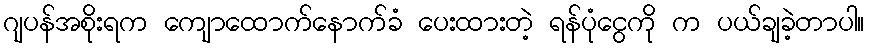
ဂျပန်အစိုးရက ကျောထောက်နောက်ခံ ပေးထားတဲ့ ရန်ပုံငွေကို က ပယ်ချခဲ့တာပါ။